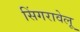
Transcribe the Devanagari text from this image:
सिंगरावेलू